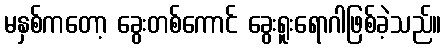
မနှစ်ကတော့ ခွေးတစ်ကောင် ခွေးရူးရောဂါဖြစ်ခဲ့သည်။